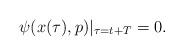
LaTeX: \begin{align*}\psi(x(\tau),p)|_{\tau=t+T} = 0.\end{align*}